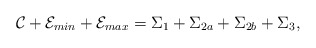
\begin{align*} \mathcal{C} + \mathcal{E}_{min} + \mathcal{E}_{max} = \Sigma_1 + \Sigma_{2a} + \Sigma_{2b} + \Sigma_3,\end{align*}